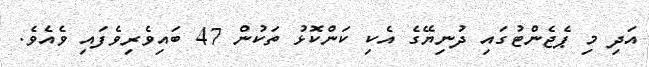
އަދި މި ޕެޖެންޓުގައި ދުނިޔޭގެ އެކި ކަންކޮޅު ތަކުން 47 ބައިވެރިވެފައި ވެއެވެ.